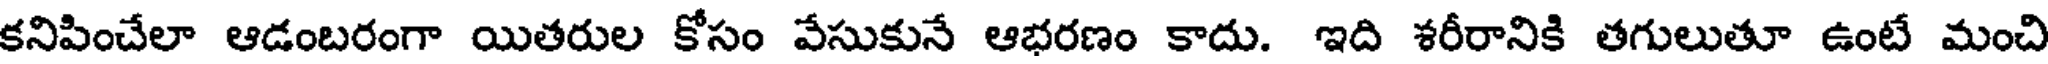
కనిపించేలా ఆడంబరంగా యితరుల కోసం వేసుకునే ఆభరణం కాదు. ఇది శరీరానికి తగులుతూ ఉంటే మంచి